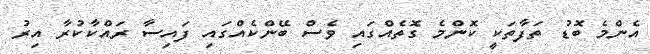
އެންމެ ބޮޑު ތަފާތަކީ ކޮންމެ ގޮތެއްގައި ވެސް ބޭންކެއްގައި ފައިސާ ރައްކާކުރާ އިރު